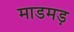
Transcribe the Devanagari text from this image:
माडमड़